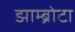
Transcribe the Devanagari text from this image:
झाम्ब्रोटा